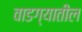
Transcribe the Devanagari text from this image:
वाडग्यातील